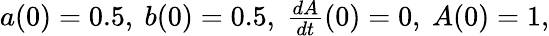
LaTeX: \begin{array}{r}{a(0)=0.5,\ b(0)=0.5,\ \frac{dA}{dt}(0)=0,\ A(0)=1,}\end{array}